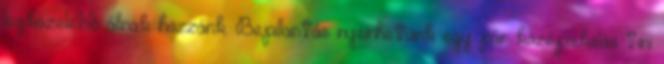
legközelebb állnak hozzánk. Bepillantás nyerhetünk egy pár középiskolás tini